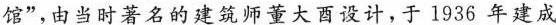
馆”，由当时著名的建筑师董大酉设计，于1936年建成